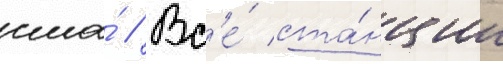
сша́ // Вс'е́ ста́нции